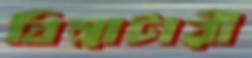
বিন্নাটারী